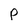
Character: p